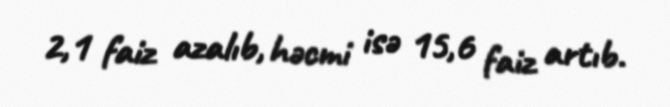
2,1 faiz azalıb, həcmi isə 15,6 faiz artıb.